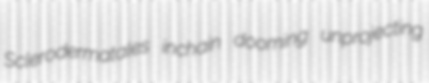
Sclerodermatales inchain dooming unprojecting